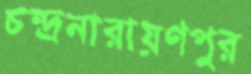
চন্দ্রনারায়ণপুর